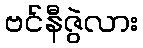
ဗင်နီဇွဲလား